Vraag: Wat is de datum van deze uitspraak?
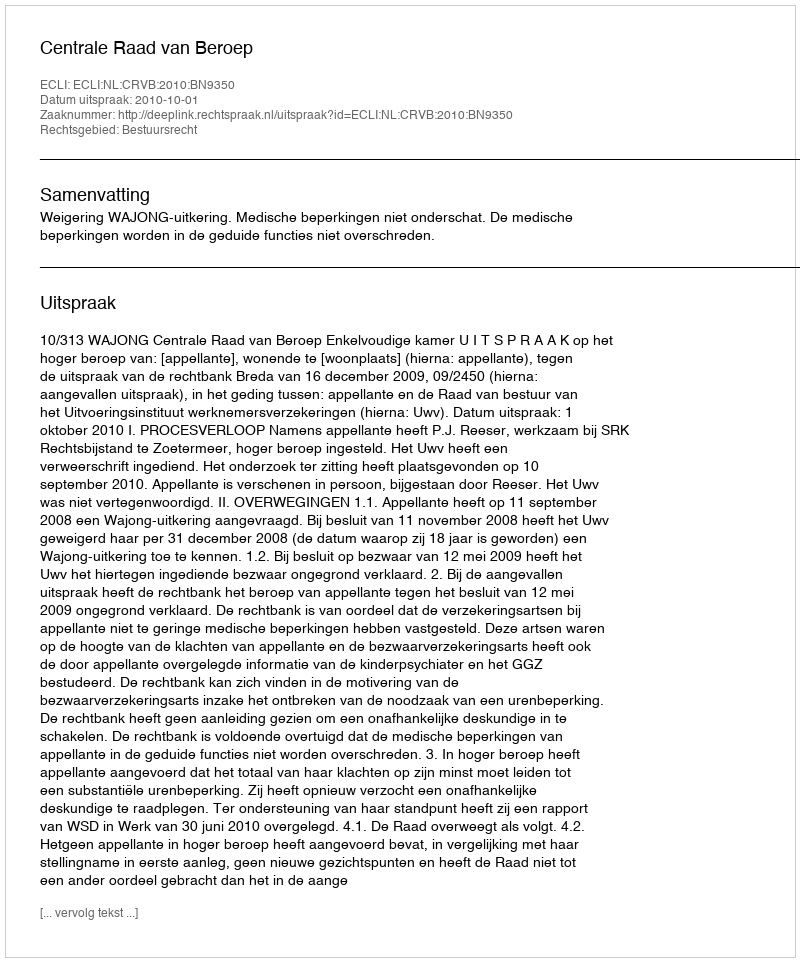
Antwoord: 2010-10-01